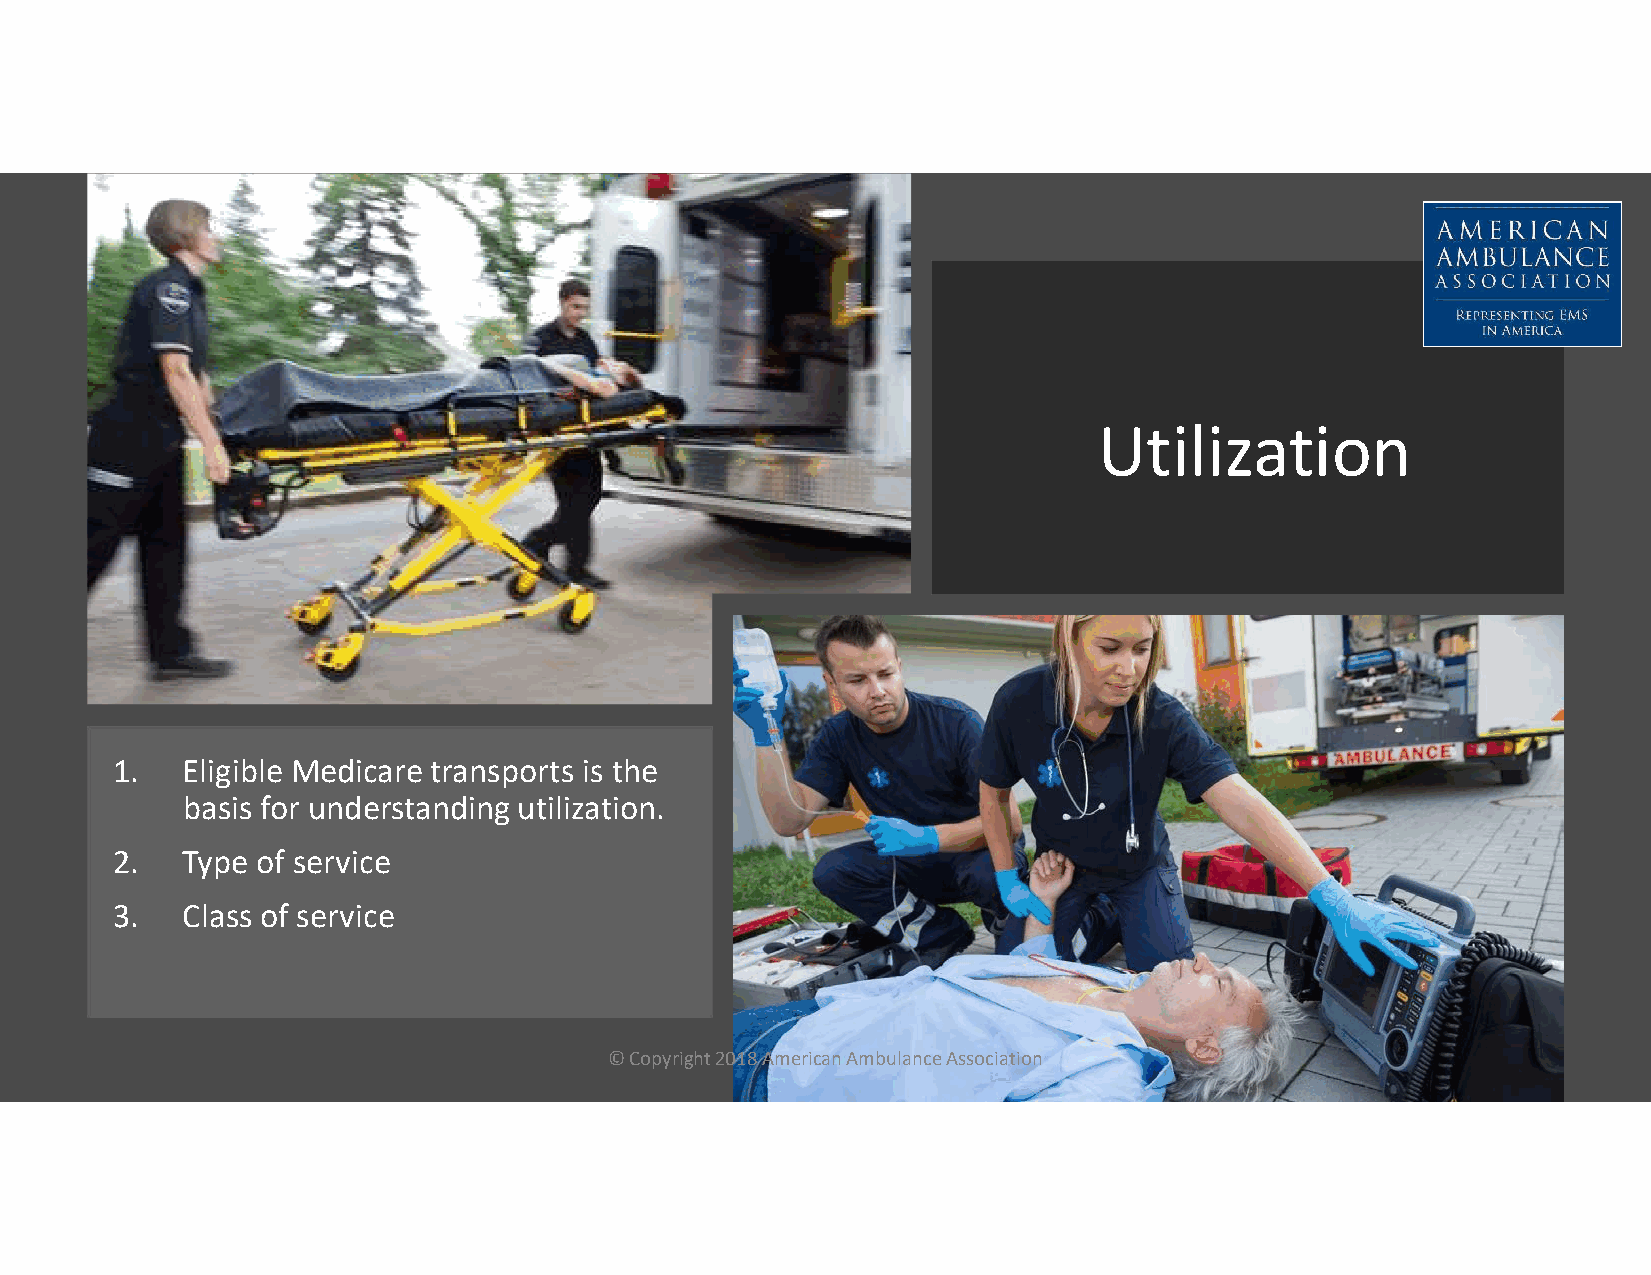
Utilization
 1.   Eligible Medicare transports is the
 basis for understanding utilization.
 2.   Type of service
 3.   Class of service
 © Copyright 2018 American Ambulance Association